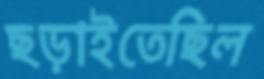
ছড়াইতেছিল